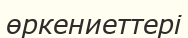
өркениеттері